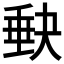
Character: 𡙇